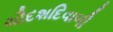
ચૌદશદિવાળી